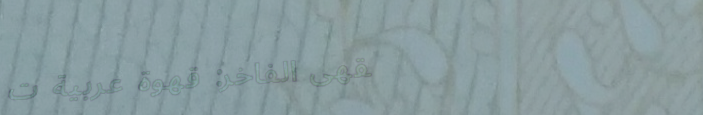
مقهى الفاخر: قهوة عربية ت